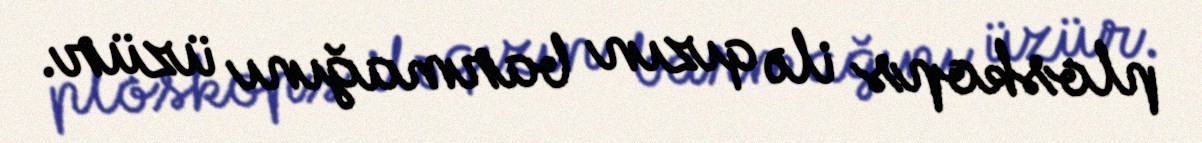
ploskops ilə qızın barmağını üzür.